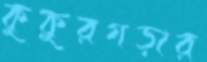
কুকুরগড়ার